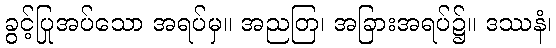
ခွင့်ပြုအပ်သော အရပ်မှ။ အညတြ၊ အခြားအရပ်၌။ ဒဿနံ၊